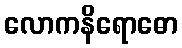
လောကနိရောဓော